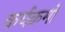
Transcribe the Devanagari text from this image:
कर्यक्रमों